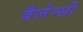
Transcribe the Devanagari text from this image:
वैलेन्सी